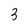
Character: 3